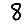
Digit: 8